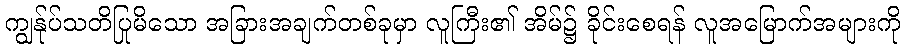
ကျွန်ုပ်သတိပြုမိသော အခြားအချက်တစ်ခုမှာ လူကြီး၏ အိမ်၌ ခိုင်းစေရန် လူအမြောက်အများကို